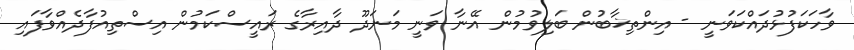
ވާހަކަފުޅުދައްކަވަނީ - އިންތިޚާބުން ބަލިވުމުން އޭނާ ވަނީ މަނަދޫ ދާއިރާގެ ރައީސްކަމުން އިސްތިއުފާދެއްވާފައި